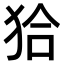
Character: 𤝰